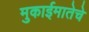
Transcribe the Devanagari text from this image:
मुकाईमातेचे